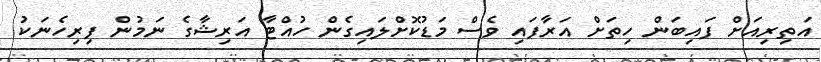
އަތިރިއަށް ފައިބަން ހިތަށް އަރާފައި ވެސް މަޑުކޮށްލައިގެން ހުއްޓާ އަރިޝާގެ ނަމުން ފިރިހެނަކު